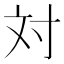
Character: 対